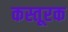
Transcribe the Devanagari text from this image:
कस्तूरक